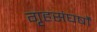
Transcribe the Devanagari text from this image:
गृहसंघर्षों